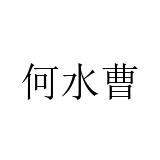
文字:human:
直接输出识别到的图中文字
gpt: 何水曹